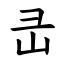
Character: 㞪